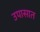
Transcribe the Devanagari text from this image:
उपासात